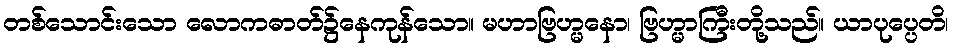
တစ်သောင်းသော လောကဓာတ်၌နေကုန်သော။ မဟာဗြဟ္မနော၊ ဗြဟ္မာကြီးတို့သည်။ ယာပုပ္ပေတိ၊